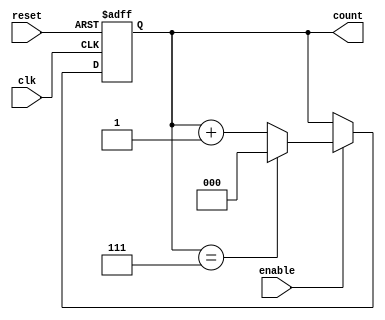
module up_counter_moore (
    input wire clk,        // Clock signal
    input wire reset,      // Asynchronous reset signal
    input wire enable,     // Enable signal
    output reg [2:0] count // 3-bit output for the counter
);

// State encoding (3-bit counter states from 000 to 111)
localparam STATE_0 = 3'b000;
localparam STATE_1 = 3'b001;
localparam STATE_2 = 3'b010;
localparam STATE_3 = 3'b011;
localparam STATE_4 = 3'b100;
localparam STATE_5 = 3'b101;
localparam STATE_6 = 3'b110;
localparam STATE_7 = 3'b111;

// State transition logic
always @(posedge clk or posedge reset) begin
    if (reset) begin
        count <= STATE_0; // Reset to initial state (000)
    end else if (enable) begin
        count <= count + 1; // Increment the counter
        if (count == STATE_7) begin
            count <= STATE_0; // Wrap around to 000
        end
    end
end

endmodule